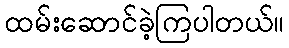
ထမ်းဆောင်ခဲ့ကြပါတယ်။